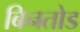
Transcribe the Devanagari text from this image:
बिनतोड